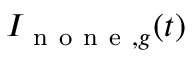
I _ { \mathrm { ~ n ~ o ~ n ~ e ~ } , g } ( t )